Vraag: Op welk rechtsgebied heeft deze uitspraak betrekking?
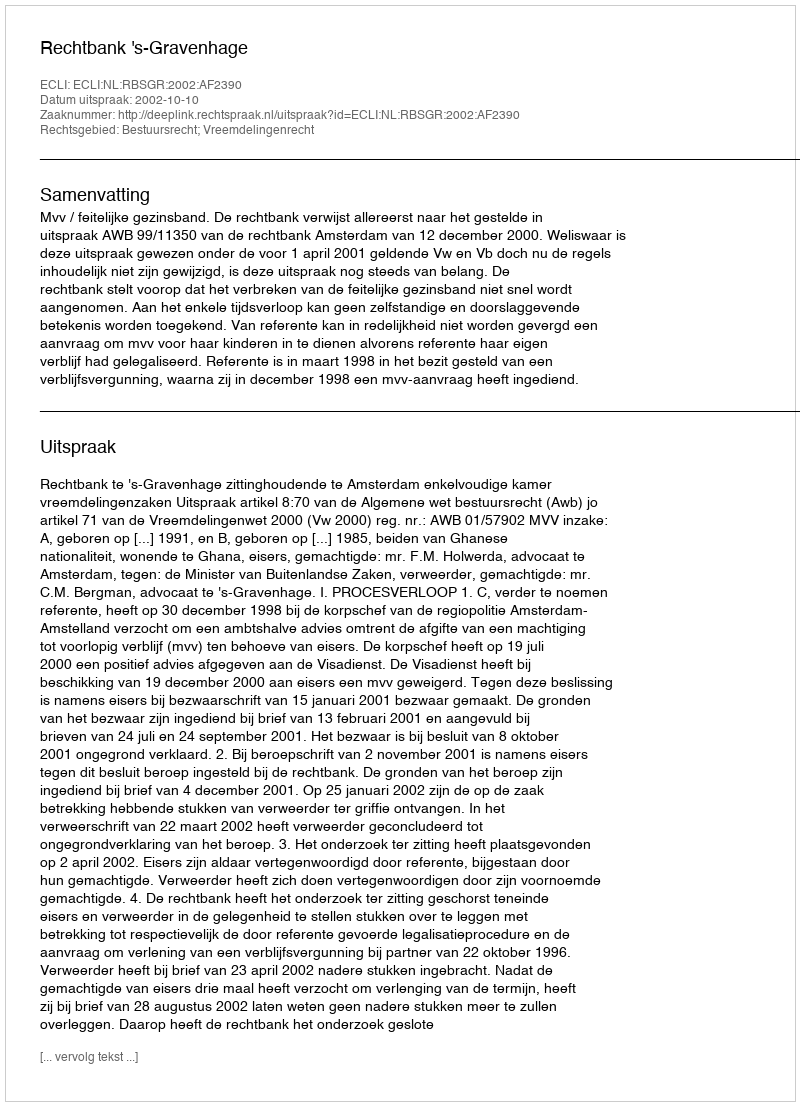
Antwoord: Bestuursrecht; Vreemdelingenrecht